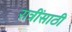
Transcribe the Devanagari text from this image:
रात्रींसाठी